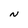
Character: N